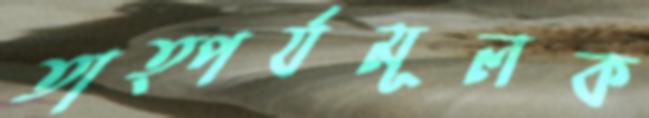
তাত্পর্যমূলক